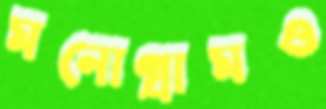
মনোগ্রামও